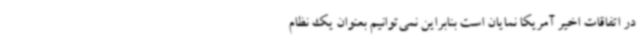
در اتفاقات اخیر آمریکا نمایان است بنابراین نمی‌توانیم بعنوان یک نظام